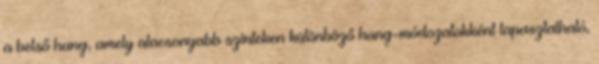
a belső hang, amely alacsonyabb szinteken különböző hang-módozatokként tapasztalható,